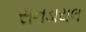
સનડાયલ